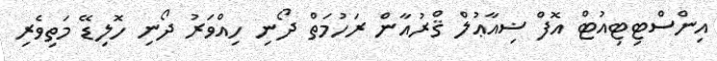
އިންސްޓިޓިއުޓް އޮފް ޟިއާޢުލް ޤްރުއާން ރަހުމަތް ދޯނި ހިއްވަރު ދޯނި ހޮލިޑޭ މަތިވެރި